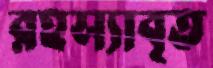
রহস্যাবৃত